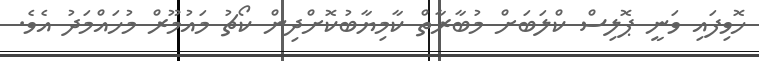
ހޮވިފައި ވަނީ ޕޮލިސް ކްލަބަށް މުބާރާތް ކާމިޔާބުކޮށްދިން ކޯޗު މައުމޫރް މުހައްމަދު އެވެ.